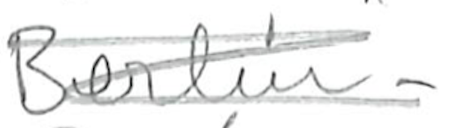
Text: Berlin-
Cross-out: scratch
Writing tool: pencil